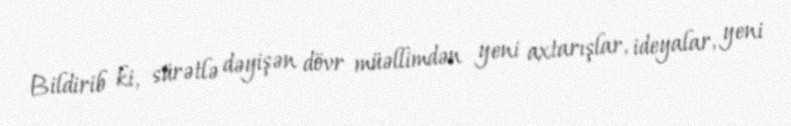
Bildirib ki, sürətlə dəyişən dövr müəllimdən yeni axtarışlar, ideyalar, yeni